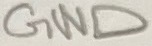
Text: GND